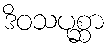
ဒိဝသပုစ္ဆာ